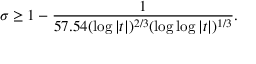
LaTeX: \sigma \geq 1 - { \frac { 1 } { 5 7 . 5 4 ( \log { | t | } ) ^ { 2 / 3 } ( \log { \log { | t | } } ) ^ { 1 / 3 } } } .